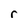
Character: r